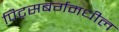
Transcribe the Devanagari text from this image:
पिट्सबर्गमधील